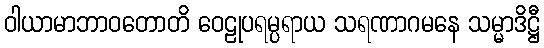
ဝါယာမာဘာဝတောတိ ဝေဠုပရမ္ပရာယ သရဏာဂမနေ သမ္မာဒိဋ္ဌီ